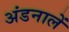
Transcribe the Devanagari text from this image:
अंडनालें